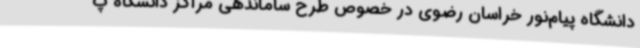
دانشگاه پیام‌نور خراسان رضوی در خصوص طرح ساماندهی مراکز دانشگاه پ